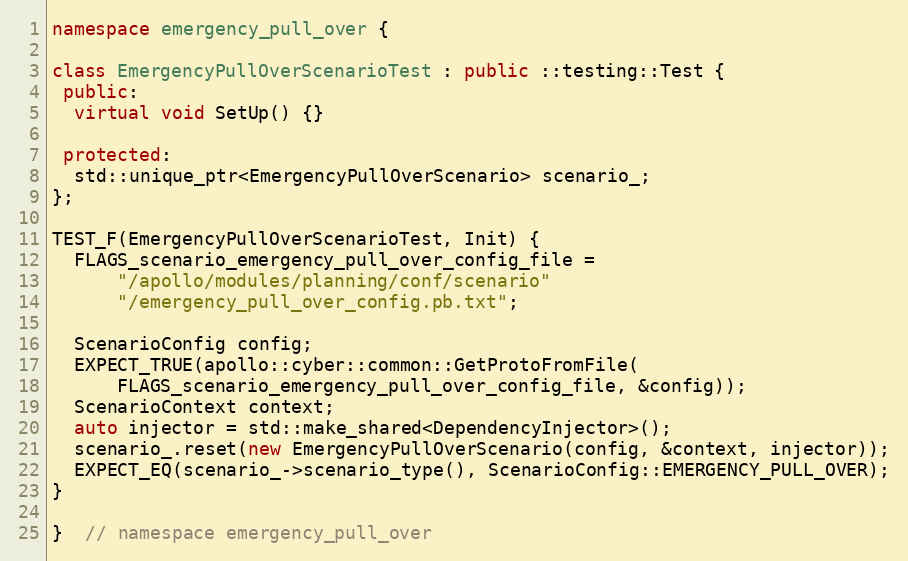
Language: C++
namespace emergency_pull_over {

class EmergencyPullOverScenarioTest : public ::testing::Test {
 public:
  virtual void SetUp() {}

 protected:
  std::unique_ptr<EmergencyPullOverScenario> scenario_;
};

TEST_F(EmergencyPullOverScenarioTest, Init) {
  FLAGS_scenario_emergency_pull_over_config_file =
      "/apollo/modules/planning/conf/scenario"
      "/emergency_pull_over_config.pb.txt";

  ScenarioConfig config;
  EXPECT_TRUE(apollo::cyber::common::GetProtoFromFile(
      FLAGS_scenario_emergency_pull_over_config_file, &config));
  ScenarioContext context;
  auto injector = std::make_shared<DependencyInjector>();
  scenario_.reset(new EmergencyPullOverScenario(config, &context, injector));
  EXPECT_EQ(scenario_->scenario_type(), ScenarioConfig::EMERGENCY_PULL_OVER);
}

}  // namespace emergency_pull_over